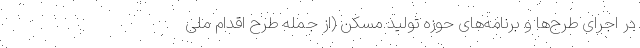
در اجرای طرح‌ها و برنامه‌های حوزه تولید مسکن (از جمله طرح اقدام ملی